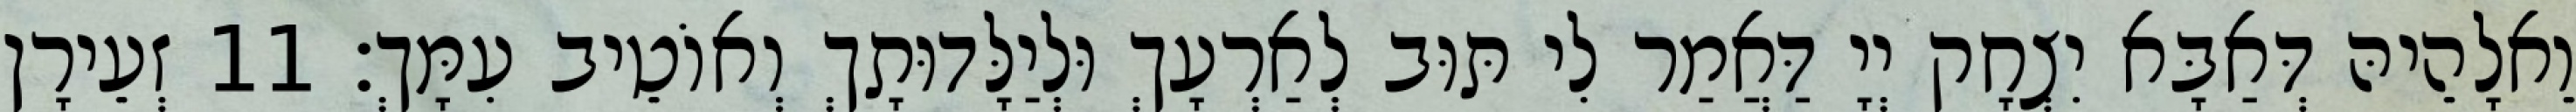
וֵאלָהֵיהּ דְּאַבָּא יִצְחָק יְיָ דַּאֲמַר לִי תּוּב לְאַרְעָךְ וּלְיַלָּדוּתָךְ וְאוֹטֵיב עִמָּךְ׃ 11 זְעֵירָן